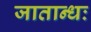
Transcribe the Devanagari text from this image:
जातान्धः